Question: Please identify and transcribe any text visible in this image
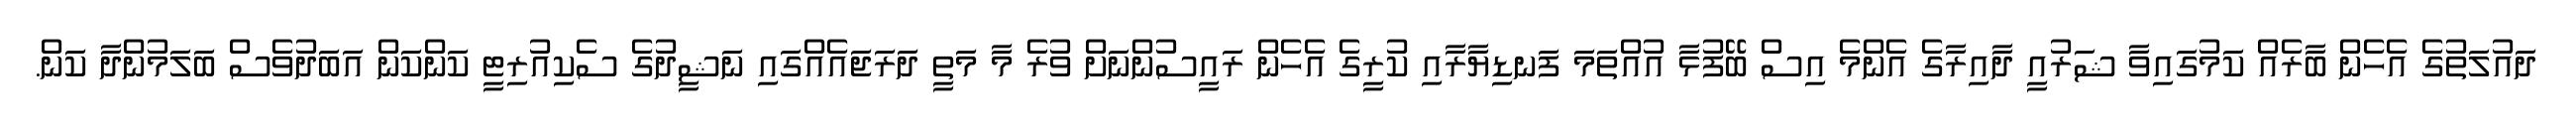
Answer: ދައުލަތުގެ އެހެން ބާރެއް ކަމުގައިވާ ޝަރުއީ ދާއިރާގެ އެންމެ އިސް ބޭފުޅާ އުއްތަމަ ފަނޑިޔާރާއި ކުރީގެ އެހެން ރައީސުންނަށް ވުރެ މާ މަތީ ދަރަޖައެއްގައި ނަޝީދުގެ ސެކިއުރިޓީ ކަންކަން އަބަދުވެސް ބަލަމުންދާ ކަން.